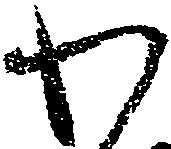
わ